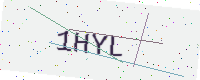
Text: 1HYL